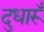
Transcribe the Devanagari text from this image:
दुधारूँ